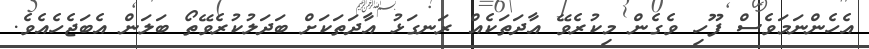
އެހެންނަމަވެސް ފޫހި ވެގެން މިކުރެވޭ އާދަތަކެއް ރަނގަޅު އާދަތަކަށް ބަދަލުކުރެެވޭތޯ ބަލަން އެބަޖެހެއެވެ.